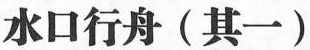
水口行舟(其一)